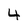
Character: 4